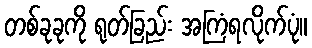
တစ်ခုခုကို ရုတ်ခြည်း အကြံရလိုက်ပုံ။